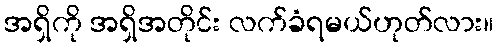
အရှိကို အရှိအတိုင်း လက်ခံရမယ်ဟုတ်လား။